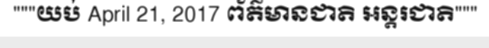
"""យប់ April 21, 2017 ព័ត៌មានជាតិ អន្តរជាតិ"""